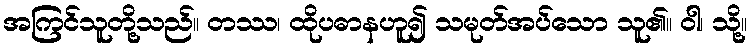
အကြင်သူတို့သည်။ တဿ၊ ထိုပဓာနဟူ၍ သမုတ်အပ်သော သူ၏။ ဝါ၊ သို့။